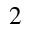
{ ^ 2 }